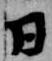
日